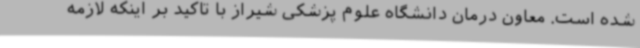
شده است. معاون درمان دانشگاه علوم پزشکی شیراز با تاکید بر اینکه لازمه